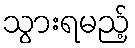
သွားရမည့်